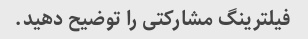
فیلترینگ مشارکتی را توضیح دهید.